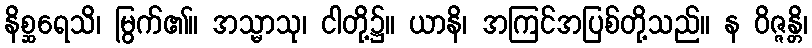
နိစ္ဆရေသိ၊ မြွက်၏။ အသ္မာသု၊ ငါတို့၌။ ယာနိ၊ အကြင်အပြစ်တို့သည်။ န ဝိဇ္ဇန္တိ၊